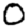
Digit: 0